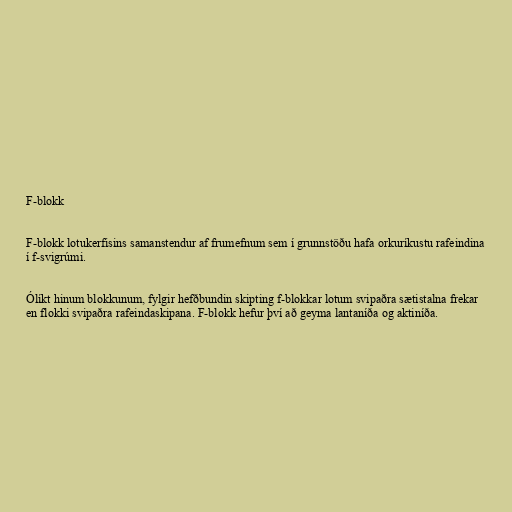
F-blokk

F-blokk lotukerfisins samanstendur af frumefnum sem í grunnstöðu hafa orkuríkustu rafeindina
í f-svigrúmi.

Ólíkt hinum blokkunum, fylgir hefðbundin skipting f-blokkar lotum svipaðra sætistalna frekar
en flokki svipaðra rafeindaskipana. F-blokk hefur því að geyma lantaníða og aktiníða.